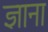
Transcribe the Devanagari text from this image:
ज्ञाना